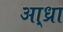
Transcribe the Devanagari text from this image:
आ्ध्रा